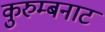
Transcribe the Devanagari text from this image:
कुरुम्बनाट